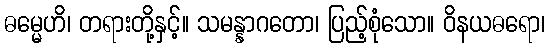
ဓမ္မေဟိ၊ တရားတို့နှင့်။ သမန္နာဂတော၊ ပြည့်စုံသော။ ဝိနယဓရော၊